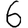
Digit: 6